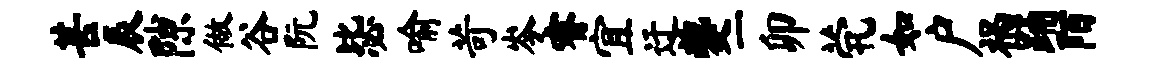
甚辰隙做谷阮毖喻苛岑睿宜迂夔一卯茕如户祸踊陌